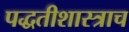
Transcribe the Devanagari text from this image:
पद्धतीशास्त्राच